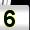
Digit: 5